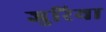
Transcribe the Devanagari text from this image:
जुरिया